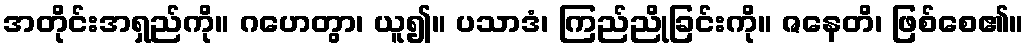
အတိုင်းအရှည်ကို။ ဂဟေတွာ၊ ယူ၍။ ပသာဒံ၊ ကြည်ညိုခြင်းကို။ ဇနေတိ၊ ဖြစ်စေ၏။